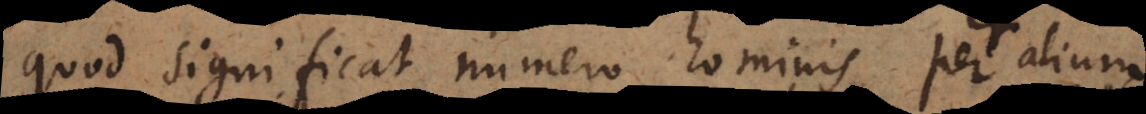
quod significat numero hominis per alium